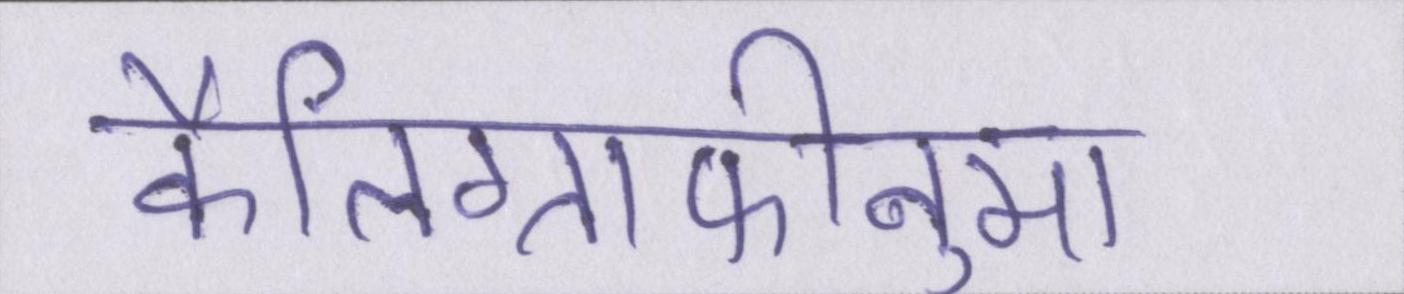
कैलिग्राफीनुमा